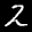
Label: 2